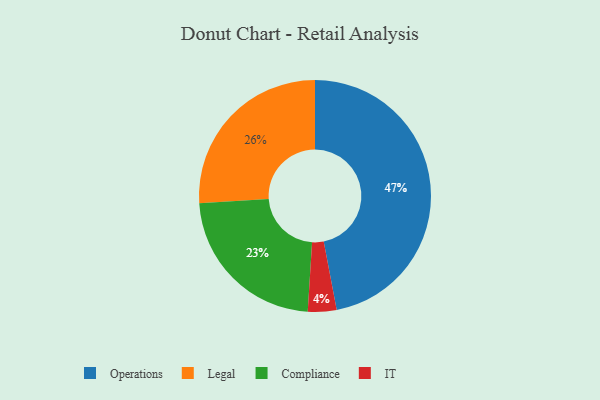
{"axis": {"x": "Category", "y": "Percentage"}, "legend": ["Compliance", "IT", "Legal", "Operations"], "data": [{"x": "IT", "y": 4, "type": "IT"}, {"x": "Legal", "y": 26, "type": "Legal"}, {"x": "Compliance", "y": 23, "type": "Compliance"}, {"x": "Operations", "y": 47, "type": "Operations"}]}